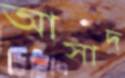
আসাদ